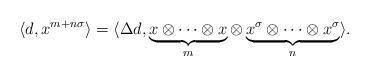
LaTeX: \begin{align*}\langle d , x^{m+n\sigma} \rangle = \langle \Delta d , \underbrace{x \otimes \cdots \otimes x}_{m} \otimes \underbrace{x^{\sigma} \otimes \cdots \otimes x^\sigma}_{n}\rangle.\end{align*}